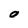
Character: O